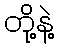
တို့နဲ့